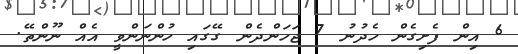
6 އިން ފެށިގެން ހެދުނު 7 ޖަހަންދެން ގޭގައި ހުންނަންވީ އެއް ނޫންތޭ.